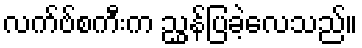
လက်ဗ်စကီးက ညွှန်ပြခဲ့လေသည်။